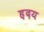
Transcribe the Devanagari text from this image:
ह़दय